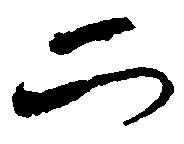
二